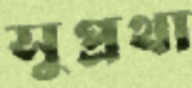
সুপ্রথা